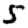
Digit: 5